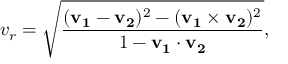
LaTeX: v _ { r } = { \sqrt { \frac { ( \mathbf { v _ { 1 } } - \mathbf { v _ { 2 } } ) ^ { 2 } - ( \mathbf { v _ { 1 } } \times \mathbf { v _ { 2 } } ) ^ { 2 } } { 1 - \mathbf { v _ { 1 } } \cdot \mathbf { v _ { 2 } } } } } ,